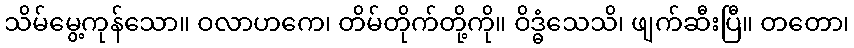
သိမ်မွေ့ကုန်သော။ ဝလာဟကေ၊ တိမ်တိုက်တို့ကို။ ဝိဒ္ဓံသေသိ၊ ဖျက်ဆီးပြီ။ တတော၊